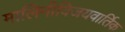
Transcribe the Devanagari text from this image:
मालिनीविजयवार्तिक